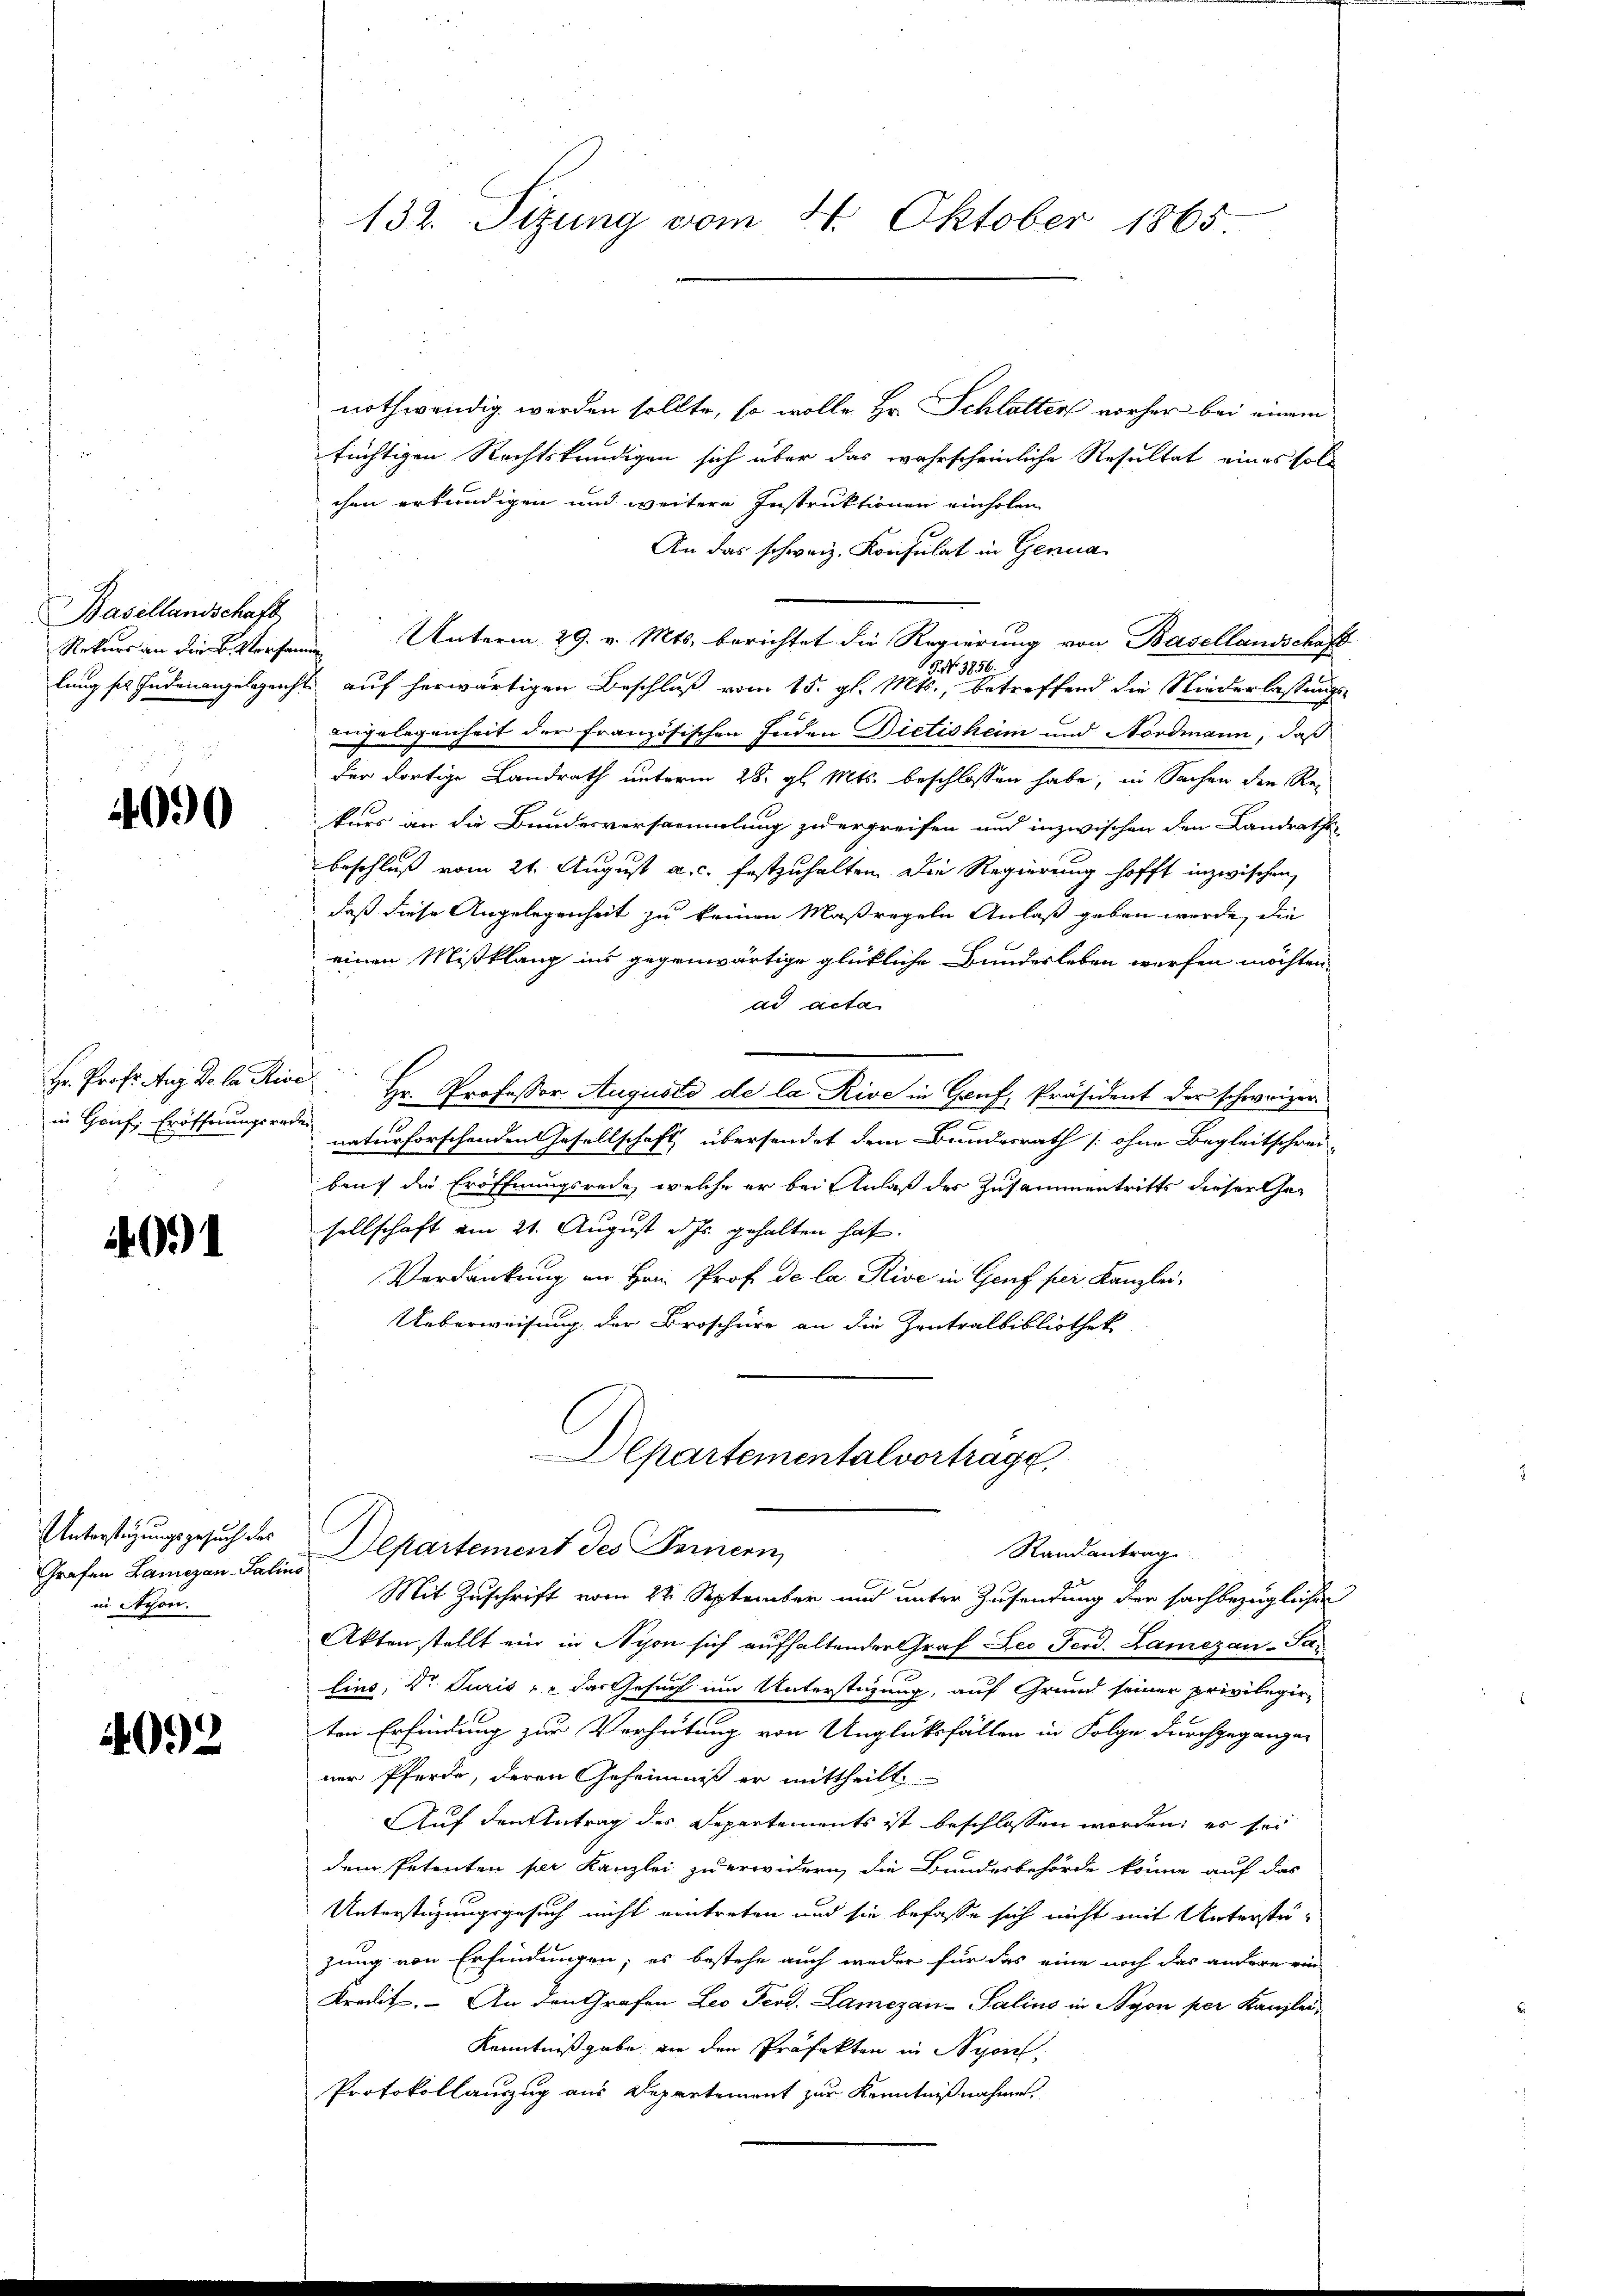
Basellandschaft

4090

Hr. Prof. Aug. De la Re
in Genf, Eröffnungsra

4091

Unterstüzungsgesuch des
Grafen Lamezan-Salin
in Styon.

4092

132. Sizung vom 21. Oktober 1865

nothwendig werden sollte, so wolle Hr. Schlatter vorher bei einem
tüchtigen Rechtskundigen sich über das wahrscheinliche Resultat eines soll
chen erkundigen und weitere Instruktionen einholen
An das schweiz. Konsulat in Genua
Rekurs an die Versame Unterm 29. v. Mts. berichtet die Regierung von Basellandschaft
5. No. 1856. 9
lung sie Judenangeleicht auf herwärtigen Beschluß vom 15. gl. Mts., betreffend die Niederlassungs-
angelegenheit der französischen Juden Dictisheim und Nordmann, daß
der dortige Landrath unterm 28. gl. Mts. beschlossen habe, in Sachen den Rekurs an die Bundesversammlung zu ergreifen und inzwischen den Landrathe
Beschluß vom 21. August a. c. festzuhalten. Die Regierung hofft inzwischen,
daß diese Angelegenheit zu keinen Maßregeln Anlaß geben werde, die
einen Mißklang ins gegenwärtige glückliche Bundesleben werfen möchten,
ad acta
od. Hr. Professor Augusto de la Rive in Gruf, Präsident der schweizer
e
de naturforschenden Gesellschaft übersendet dem Bundesrath [ohne Begleitschrei-
bauch die Eröffnungsrede, welche er bei Anlaß des Zusammentritts dieser Gesellschaft am 21. August v. Js. gehalten hat.
Verdankung an Hrn. Prof. de la Rive in Genf fuer Kanzlei-
Ueberweisung der Broschüre an die Zentralbibliothek
Departementalvortrage,
Departement des Fernern,
Randanträg
Mit Zuschrift vom 22. September und unter Zusendung der sachbezüglichen
Akten stellt ein in Nyon sich aufhaltender Graf Leo Ferd. Lamezan-Par
lins, Dr Juris - das Gesucht um Unterstüzung, auf Grund seiner privilegir-
ten Erfindung zur Verhütung von Unglüksfällen in Folge durchgegangen
ner Pferde, deren Geheimniß er mittheilt.
Auf den Antrag des Separtements ist beschlossen worden; es sei
dem Petenten per Kanzlei zu erwidern, die Bundesbehörde könne auf das
Unterstüzungsgesuch nicht eintreten und sie befasse sich nicht mit Unterstüzung von Erfindungen; es bestehe auch weder für das eine noch das andere ein
Kredit. An den Grafen Leo Ferd. Lamezan-Salins in Nyon per Kanzlei¬
Kenntniß gabe an den Präfekten in Nyon,
Protokollauszug aus Departement zur Kenntnißnahmen.